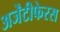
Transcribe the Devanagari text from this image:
अर्जेंटीफेरस